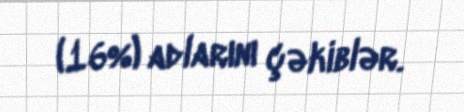
(16%) adlarını çəkiblər.